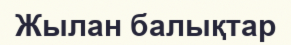
Жылан балықтар